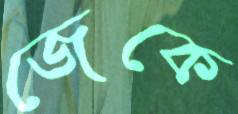
জেকে